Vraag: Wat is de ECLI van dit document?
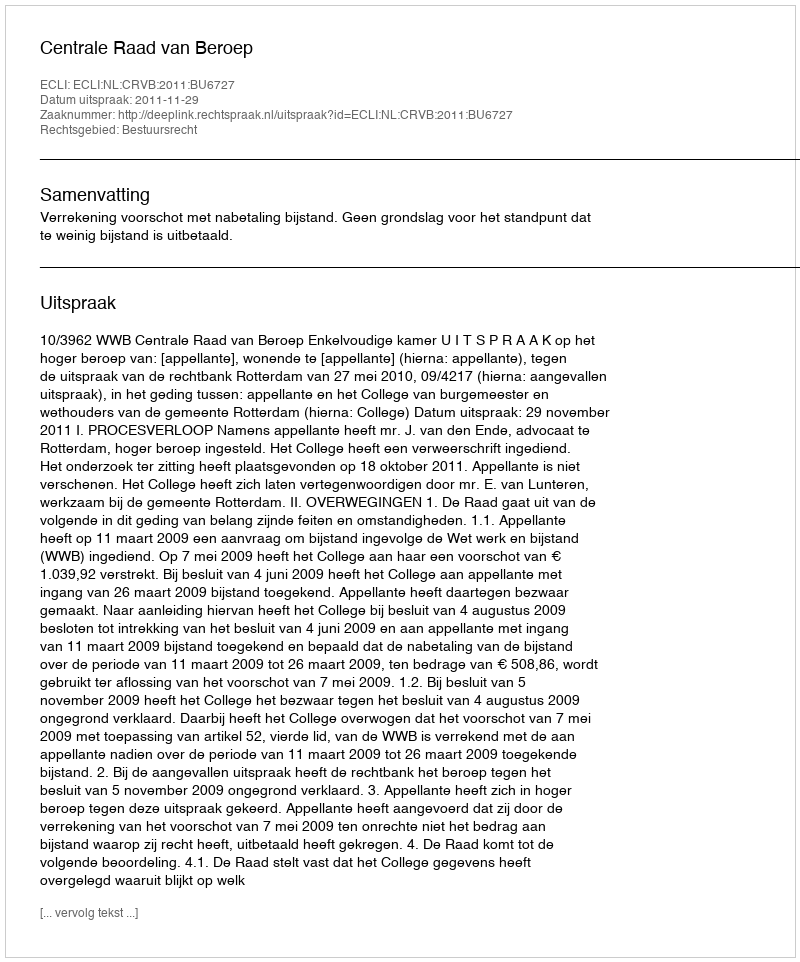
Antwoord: ECLI:NL:CRVB:2011:BU6727